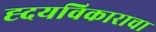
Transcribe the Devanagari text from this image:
ह्दयविकाराचा